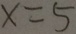
x = 5